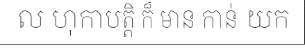
ល ហុកាបត្តិ ក៏ មាន កាន់ យក